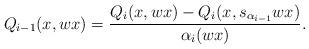
LaTeX: \begin{align*}Q_{i-1}(x, wx) = \frac{Q_i(x, wx) - Q_i(x, s_{\alpha_{i-1}}wx)}{\alpha_i(wx)}.\end{align*}